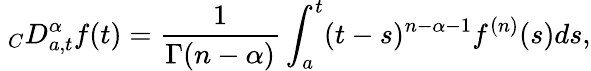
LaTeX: \ _{C}D_{a,t}^{\alpha}f(t)=\frac{1}{\Gamma(n-\alpha)}\int_{a}^{t}(t-s)^{n-\alpha-1}f^{(n)}(s)ds,